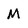
Character: M